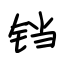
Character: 铛